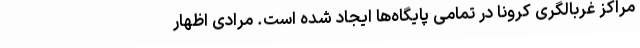
مراکز غربالگری کرونا در تمامی پایگاه‌ها ایجاد شده است. مرادی اظهار